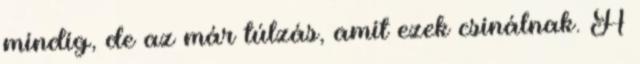
mindig, de az már túlzás, amit ezek csinálnak. A